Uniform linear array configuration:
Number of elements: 16
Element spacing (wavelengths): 0.75
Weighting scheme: kaiser
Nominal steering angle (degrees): -15
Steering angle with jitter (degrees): -15.344
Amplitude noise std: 0.05
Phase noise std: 0.05

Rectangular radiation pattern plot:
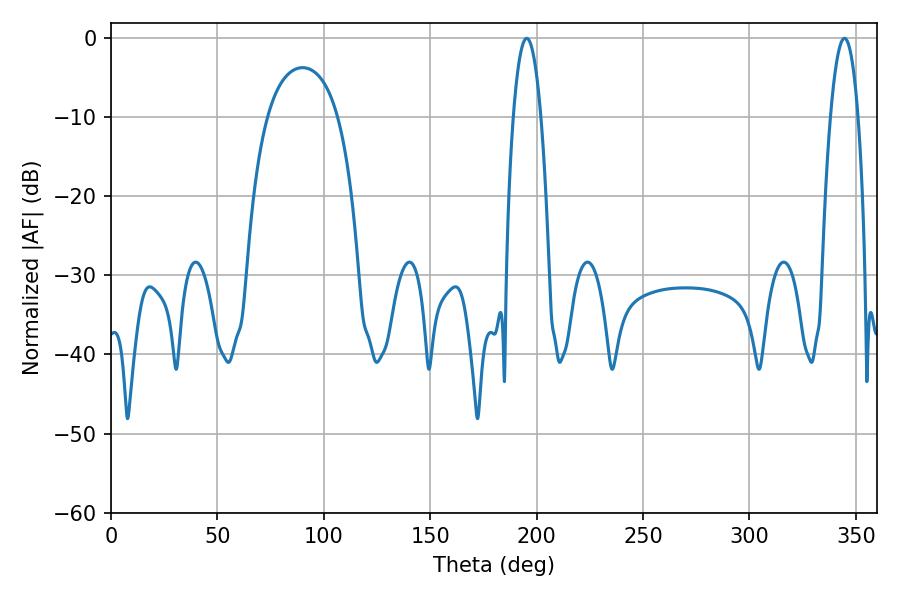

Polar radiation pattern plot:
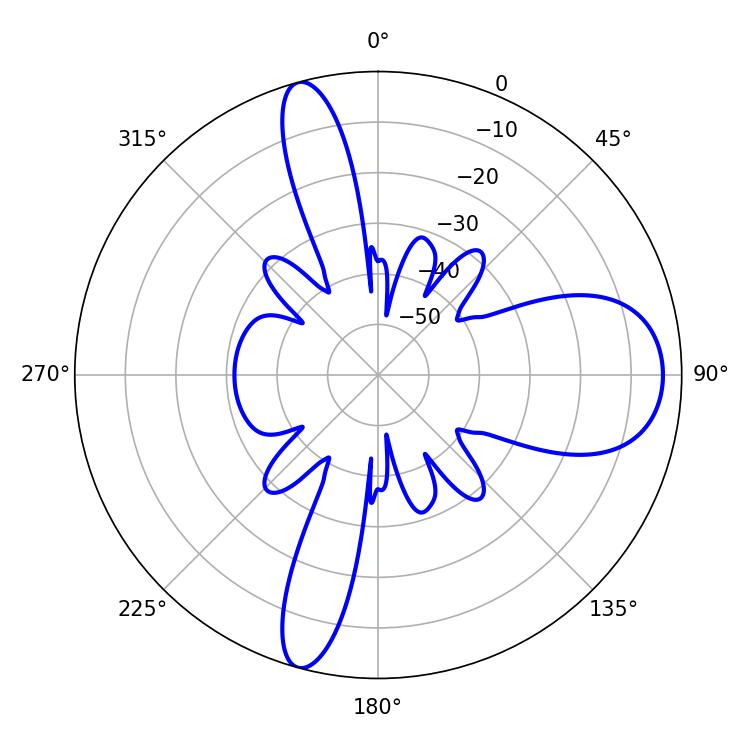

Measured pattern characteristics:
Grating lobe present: TRUE
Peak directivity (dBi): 12.659
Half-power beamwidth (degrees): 7.02
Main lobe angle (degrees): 195.3